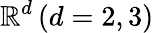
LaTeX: \mathbb{R}^{d}\, (d=2,3)